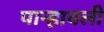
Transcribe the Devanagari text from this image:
पान्हावली